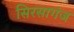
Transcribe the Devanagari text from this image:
सिरसागंज